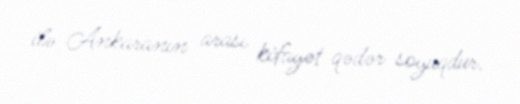
ilə Ankaranın arası kifayət qədər soyuqdur.